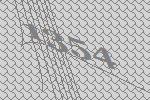
1354